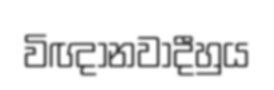
විඥානවාදීහුය